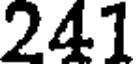
241